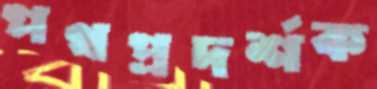
পথপ্রদর্শক